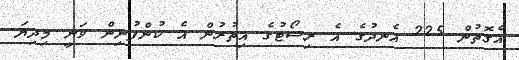
އެގޮތުން 225 އެނދުގެ އެ ރިސޯޓުގެ އިތުރުން އެ ކުންފުނިން ވަނީ މިދިޔަ